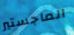
الماجستير